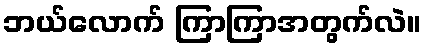
ဘယ်လောက် ကြာကြာအတွက်လဲ။